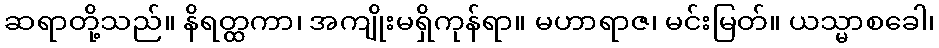
ဆရာတို့သည်။ နိရတ္ထကာ၊ အကျိုးမရှိကုန်ရာ။ မဟာရာဇ၊ မင်းမြတ်။ ယသ္မာစခေါ၊